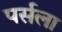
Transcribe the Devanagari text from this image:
पर्सला